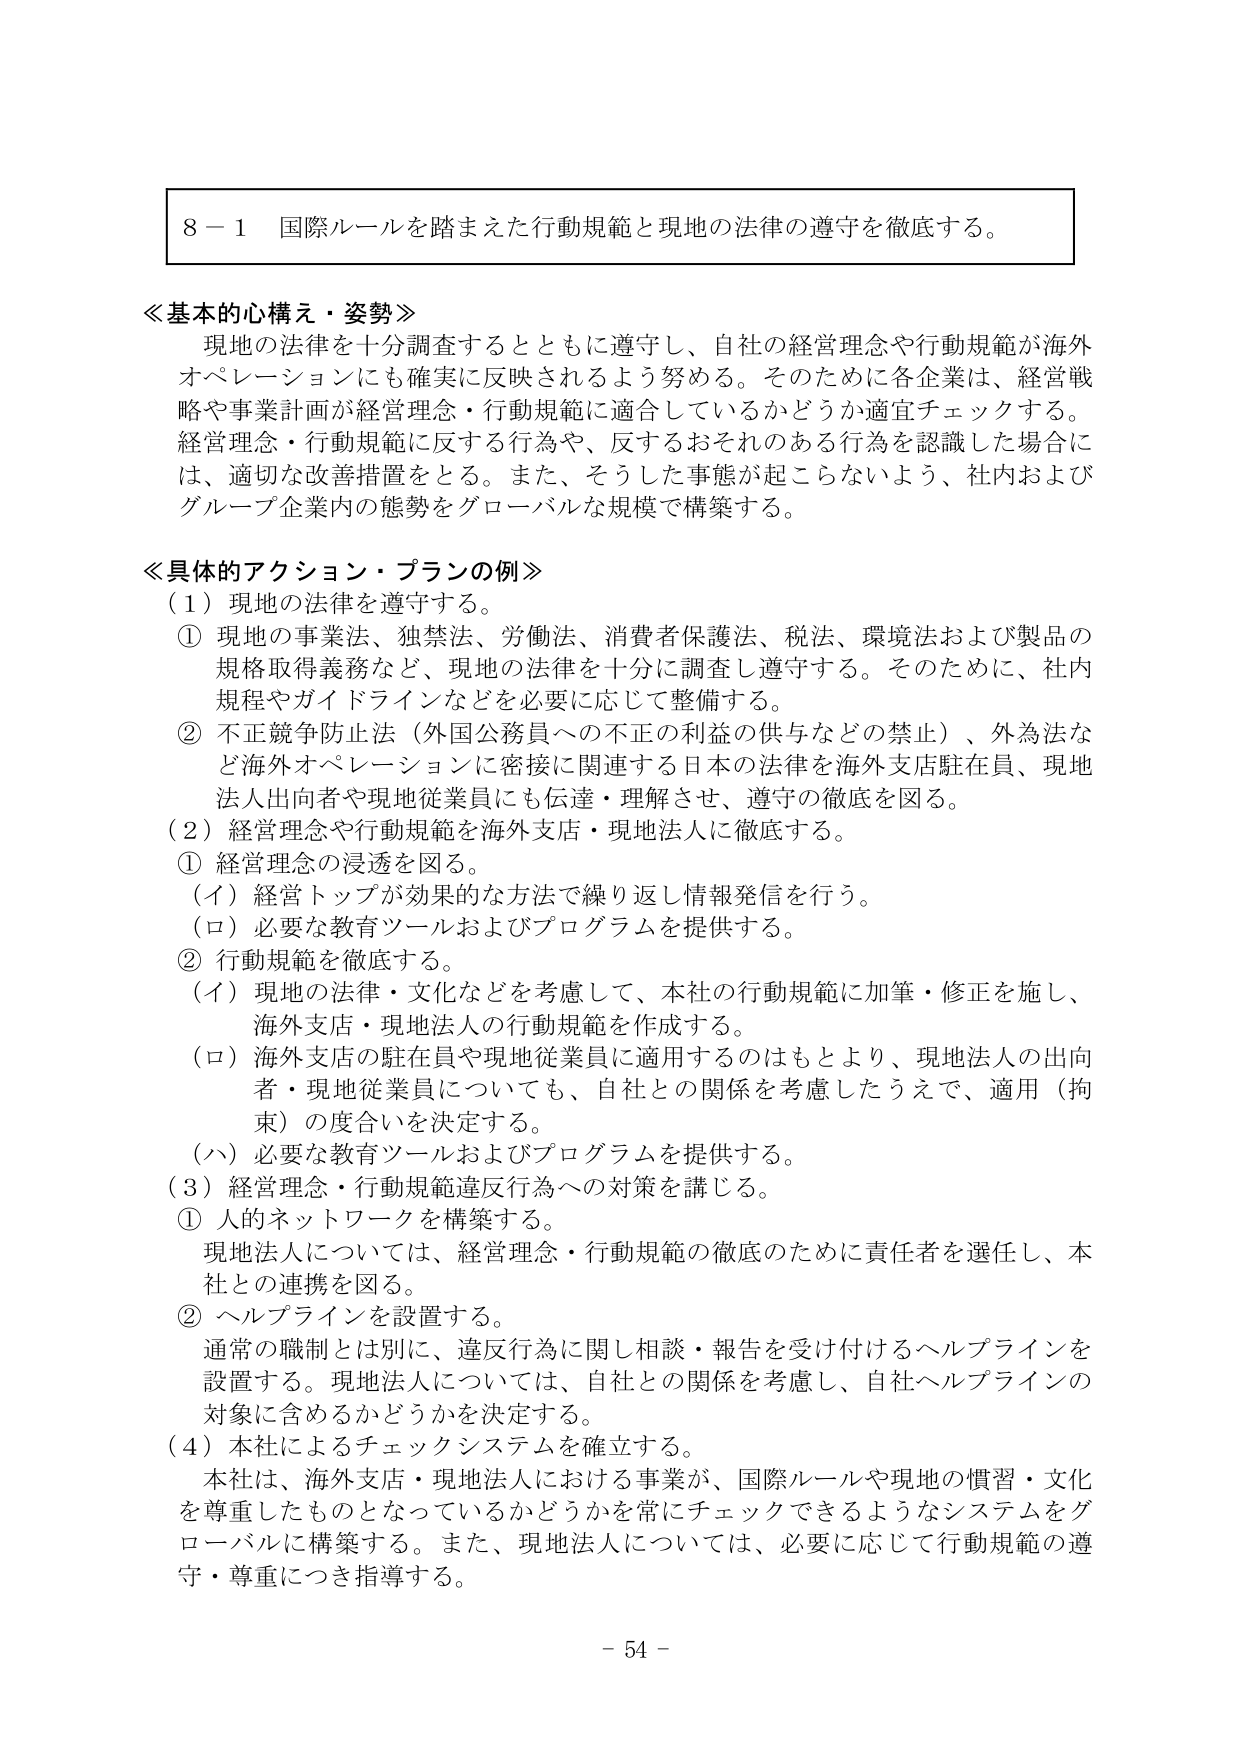
8－1 国際ルールを踏まえた行動規範と現地の法律の遵守を徹底する。

≪基本的心構え・姿勢≫
現地の法律を十分調査するとともに遵守し、自社の経営理念や行動規範が海外オペレーションにも確実に反映されるよう努める。そのために各企業は、経営戦略や事業計画が経営理念・行動規範に適合しているかどうか適宜チェックする。経営理念・行動規範に反する行為や、反するおそれのある行為を認識した場合には、適切な改善措置をとる。また、そうした事態が起こらないよう、社内およびグループ企業内の態勢をグローバルな規模で構築する。

≪具体的アクション・プランの例≫
（1）現地の法律を遵守する。
① 現地の事業法、独禁法、労働法、消費者保護法、税法、環境法および製品の規格取得義務など、現地の法律を十分に調査し遵守する。そのために、社内規程やガイドラインなどを必要に応じて整備する。
② 不正競争防止法（外国公務員への不正の利益の供与などの禁止）、外為法など海外オペレーションに密接に関連する日本の法律を海外支店駐在員、現地法人出向者や現地従業員にも伝達・理解させ、遵守の徹底を図る。

（2）経営理念や行動規範を海外支店・現地法人に徹底する。
① 経営理念の浸透を図る。
（イ）経営トップが効果的な方法で繰り返し情報発信を行う。
（ロ）必要な教育ツールおよびプログラムを提供する。
② 行動規範を徹底する。
（イ）現地の法律・文化などを考慮して、本社の行動規範に加筆・修正を施し、海外支店・現地法人の行動規範を作成する。
（ロ）海外支店の駐在員や現地従業員に適用するのはもとより、現地法人の出向者・現地従業員についても、自社との関係を考慮したうえで、適用（拘束）の度合いを決定する。
（ハ）必要な教育ツールおよびプログラムを提供する。

（3）経営理念・行動規範違反行為への対策を講じる。
① 人的ネットワークを構築する。
現地法人については、経営理念・行動規範の徹底のために責任者を選任し、本社との連携を図る。
② ヘルプラインを設置する。
通常の職制とは別に、違反行為に関し相談・報告を受け付けるヘルプラインを設置する。現地法人については、自社との関係を考慮し、自社ヘルプラインの対象に含めるかどうかを決定する。

（4）本社によるチェックシステムを確立する。
本社は、海外支店・現地法人における事業が、国際ルールや現地の慣習・文化を尊重したものとなっているかどうかを常にチェックできるようなシステムをグローバルに構築する。また、現地法人については、必要に応じて行動規範の遵守・尊重につき指導する。

－ 54 －